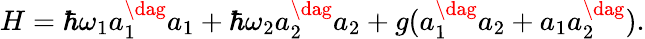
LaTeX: H=\hbar\omega_{1}a_{1}^{\dag}a_{1}+\hbar\omega_{2}a_{2}^{\dag}a_{2}+g(a_{1}^{\dag}a_{2}+a_{1}a_{2}^{\dag}).